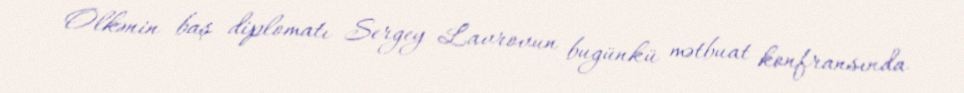
Ölkənin baş diplomatı Sergey Lavrovun bugünkü mətbuat konfransında